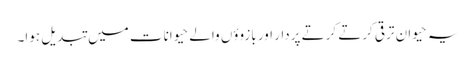
یہ حیوان ترقی کرتے کرتے پردار اور بازووٴں والے حیوانات میں تبدیل ہوا۔